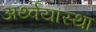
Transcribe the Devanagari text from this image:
अर्थ्वयास्था